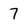
Character: 7